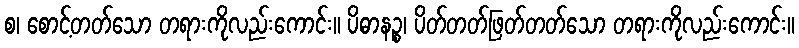
စ၊ စောင့်တတ်သော တရားကိုလည်းကောင်း။ ပိဓာနဉ္စ၊ ပိတ်တတ်ဖြတ်တတ်သော တရားကိုလည်းကောင်း။